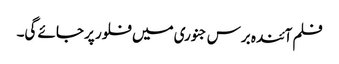
فلم آئندہ برس جنوری میں فلور پر جائے گی۔